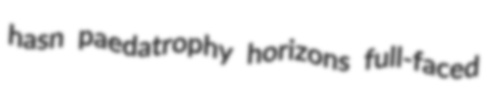
hasn paedatrophy horizons full-faced